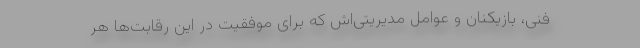
فنی، بازیکنان و عوامل مدیریتی‌اش که برای موفقیت در این رقابت‌ها هر